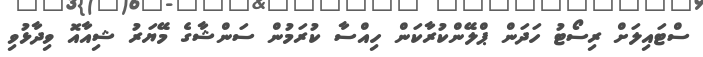
ސްޓައިލަށް ރިސޯޓު ހަދަން ޕްލޭންކުރާކަން ހިއްސާ ކުރަމުން ސަންޝާގެ މޭޔަރު ޝިއާއޮ ވިދާޅުވި